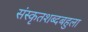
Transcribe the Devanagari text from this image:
संस्कृतशब्दबहुला